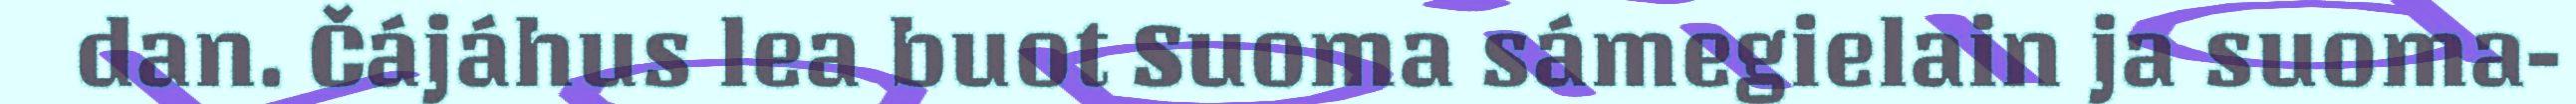
dan. Čájáhus lea buot Suoma sámegielain ja suoma-